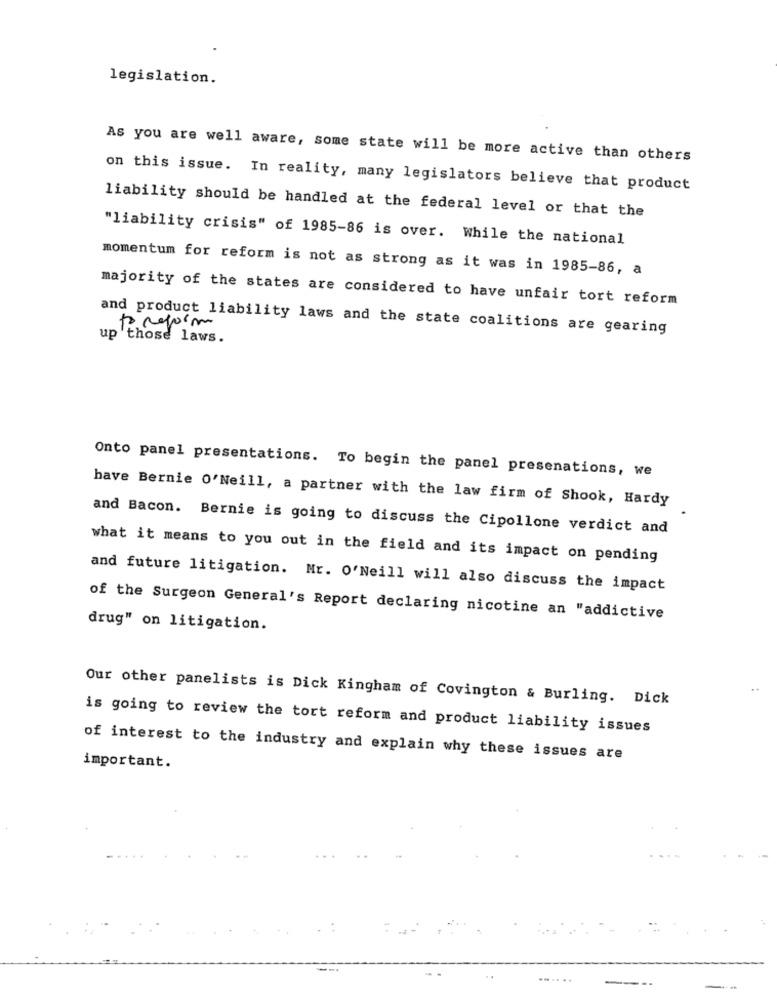
legislation.
As you are well aware, some state will be more active than others
on this issue. In reality, many legislators believe that product
liability should be handled at the federal level or that the
"liability crisis" of 1985-86 is over. while the national
momentum for reform is not as strong as it was in 1985-86, a
majority of the states are considered to have unfair tort reform
and product liability laws and the state coalitions are gearing
those laws.
Onto panel presentations. To begin the panel presenations, we
have Bernie 0'Neill, a partner with the law firm of Shook, Hardy
and Bacon. Bernie is going to discuss the Cipollone verdict and
what it means to you out in the field and its impact on pending
and future litigation. Mr. O'Neill will also discuss the impact
of the Surgeon General's Report declaring nicotine an "addictive
drug" on litigation.
Our other panelists is Dick Kingham of Covington & Burling. Dick
is going to review the tort reform and product liability issues
of interest to the industry and explain why these issues are
important.